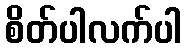
စိတ်ပါလက်ပါ